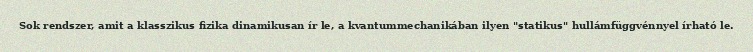
Sok rendszer, amit a klasszikus fizika dinamikusan ír le, a kvantummechanikában ilyen "statikus" hullámfüggvénnyel írható le.